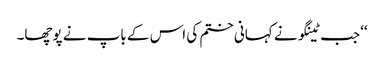
‘‘ جب ٹینگو نے کہانی ختم کی اس کے باپ نے پوچھا۔